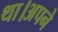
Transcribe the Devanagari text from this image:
था।अपने